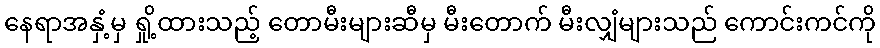
နေရာအနှံ့မှ ရှို့ထားသည့် တောမီးများဆီမှ မီးတောက် မီးလျှံများသည် ကောင်းကင်ကို